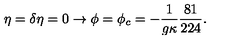
\eta = \delta \eta = 0 \rightarrow \phi = \phi _ { c } = - \frac { 1 } { g \kappa } \frac { 8 1 } { 2 2 4 } .